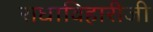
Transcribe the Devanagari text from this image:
राधाविहारीजी